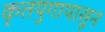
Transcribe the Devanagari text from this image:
कृतयुगापासून